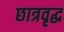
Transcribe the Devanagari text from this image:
छात्रवृद्ध